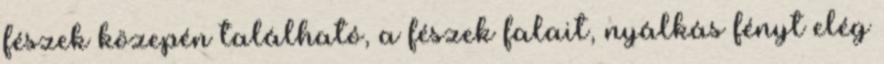
fészek közepén található, a fészek falait, nyálkás fényt elég